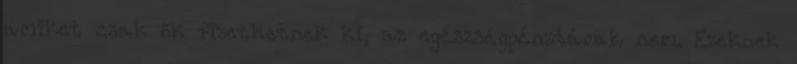
amiket csak ők fizethetnek ki, az egészségpénztárak nem. Ezeknek